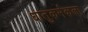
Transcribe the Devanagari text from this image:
धातुकर्मकला